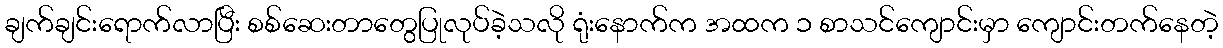
ချက်ချင်းရောက်လာပြီး စစ်ဆေးတာတွေပြုလုပ်ခဲ့သလို ရုံးနောက်က အထက ၁ စာသင်ကျောင်းမှာ ကျောင်းတက်နေတဲ့